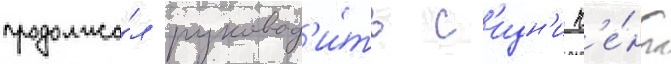
продолжа́л руковод'и́ть с'идн'и к'е́нт